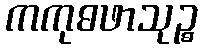
ကကုဓဖာသုဉ္စ